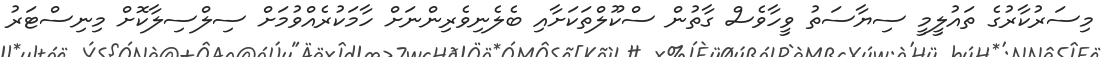
މިސަރުކާރުގެ ތައުލީމީ ސިޔާސަތު ވީހާވެސް ގާތުން ސްކޫލްތަކަށާއި ބެލެނިވެރިންނަށް ހާމަކުރެއްވުމަށް ސިލްސިލާކޮށް މިނިސްޓަރު